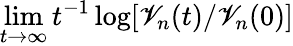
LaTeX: \operatorname*{lim}_{t\to\infty}t^{-1}\log[\mathscr{V}_{n}(t)/\mathscr{V}_{n}(0)]